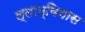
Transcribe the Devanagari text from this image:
ल्लाम्बियास